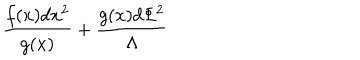
{ \frac { f ( x ) d x ^ { 2 } } { g ( x ) } } + { \frac { g ( x ) d \Phi ^ { 2 } } { \Lambda } }